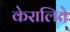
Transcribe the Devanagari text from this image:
केरालिते